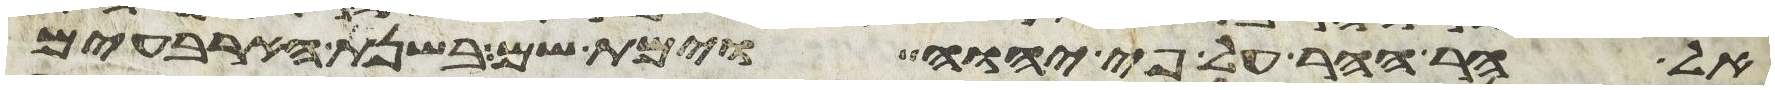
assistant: אל הר ההר על פי יהוה וימת שם בשנת הארבעים